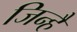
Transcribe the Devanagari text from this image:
जिन्है